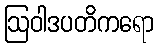
ဩဝါဒပတိကရော